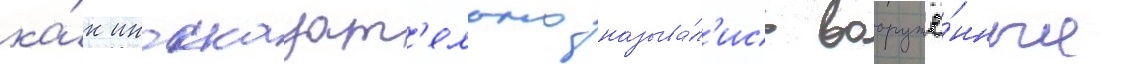
ка́к иносказат'ельно называ́л'ись вооружё́нные